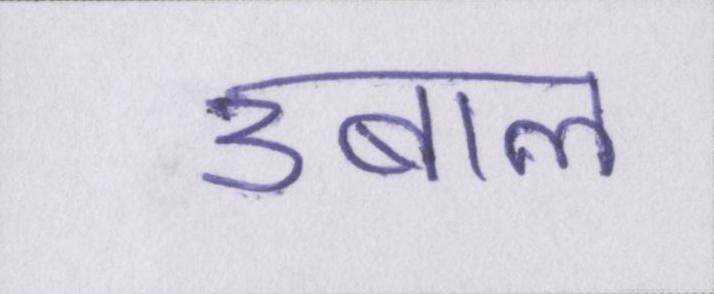
उबाल